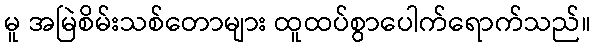
မူ အမြဲစိမ်းသစ်တောများ ထူထပ်စွာပေါက်ရောက်သည်။